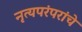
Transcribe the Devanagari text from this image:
नृत्यपरंपरांचे